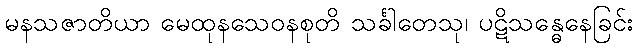
မနသဇာတိယာ မေထုနသေဝနစုတိ သင်္ခါတေသု၊ ပဋိသန္ဓေနေခြင်း